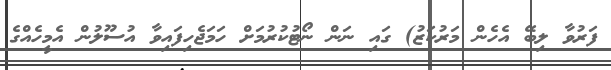
ފަރުވާ ލިބޭ އެހެން މަރުކަޒު) ގައި ނަން ނޯޓުކުރުމަށް ހަމަޖެހިފައިވާ އުސޫލުން އެމީހެއްގެ